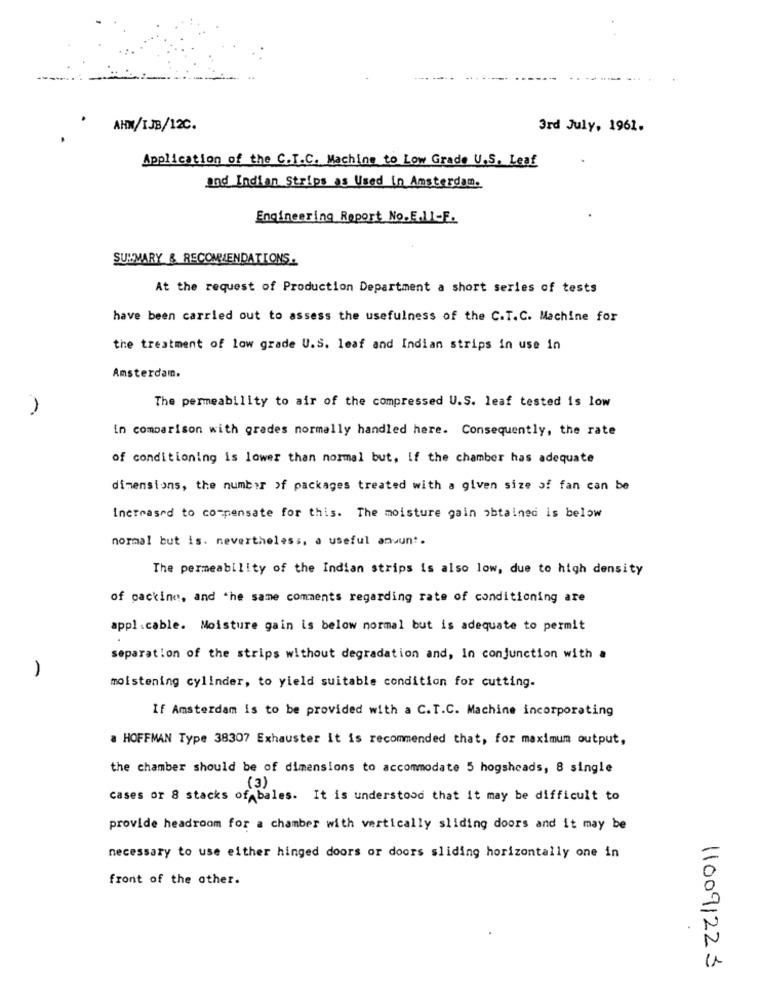
AHN/IJB/12C.
3rd July, 1961.
Application of the C.T.C. Machine to Low Grade U.S. Leaf
and Indian Strips as Used In Amsterdam.
Engineering Report No.E.11-F.
SUMMARY & RECOMMENDATIONS.
At the request of Production Department a short series of tests
have been carried out to assess the usefulness of the C.T.C. Machine for
the treatment of low grade U.S. leaf and Indian strips in use in
Amsterdam.
The permeability to air of the compressed U.S. leaf tested is low
in comparison with grades normally handled here. Consequently, the rate
of conditioning is lower than normal but, if the chamber has adequate
dimensions, the number of packages treated with a given size of fan can be
Increased to compensate for this. The moisture gain obtained is below
normal but is. nevertheless, a useful anuun".
The permeability of the Indian strips is also low, due to high density
of cactine, and the same comments regarding rate of conditioning are
appl .cable. Moisture gain is below normal but is adequate to permit
separation of the strips without degradation and, In conjunction with a
moistening cylinder, to yield suitable condition for cutting.
If Amsterdam is to be provided with a C.T.C. Machine incorporating
a HOFFMAN Type 38307 Exhauster it is recommended that, for maximum output,
the chamber should be of dimensions to accommodate 5 hogsheads, 8 single
(3)
cases or 8 stacks of bales. It is understood that it may be difficult to
provide headroom for a chamber with vertically sliding doors and it may be
necessary to use either hinged doors or doors sliding horizontally one in
front of the other.
110091223